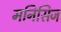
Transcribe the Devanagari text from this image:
मनिसिज